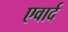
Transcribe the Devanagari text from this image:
एवार्द